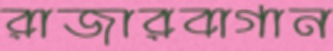
রাজারবাগান